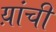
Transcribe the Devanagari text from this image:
य़ांची